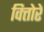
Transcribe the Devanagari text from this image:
वित्तोरे